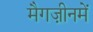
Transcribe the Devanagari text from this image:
मैगज़ीनमें